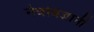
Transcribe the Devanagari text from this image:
नेत्रविज्ञानी